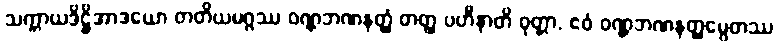
သက္ကာယဒိဋ္ဌိအာဒယော တတိယမဂ္ဂဿ ဝဏ္ဏဘဏနတ္ထံ တတ္ထ ပဟီနာတိ ဝုတ္တာ, ဧဝံ ဝဏ္ဏဘဏနတ္ထမ္ပေတဿ